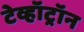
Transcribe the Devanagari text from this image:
टेव्हॉट्रॉन